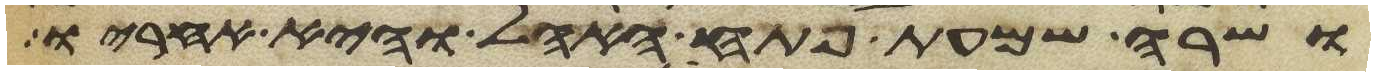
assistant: ושרה שמעת פתח האהל והיא אחריו